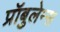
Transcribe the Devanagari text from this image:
प्रॉबुलेम्स